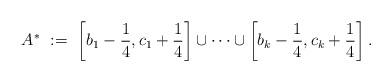
LaTeX: \begin{align*}A^*\ :=\ \left[b_1 - \frac{1}{4}, c_1 + \frac{1}{4}\right] \cup \dots \cup \left[b_k - \frac{1}{4}, c_k + \frac{1}{4}\right].\end{align*}